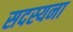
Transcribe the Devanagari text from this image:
सदस्यना